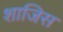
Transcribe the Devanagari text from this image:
शाजिस